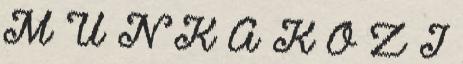
M U N K A K Ö Z I